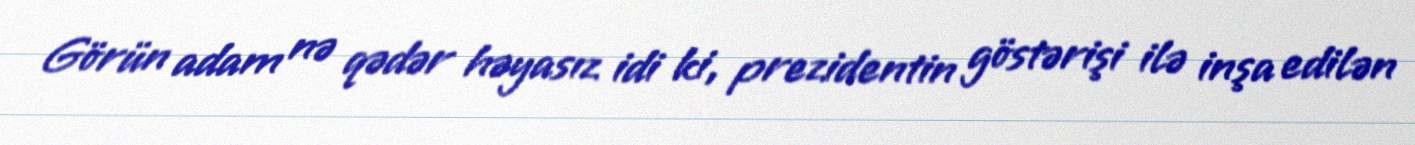
Görün adam nə qədər həyasız idi ki, prezidentin göstərişi ilə inşa edilən